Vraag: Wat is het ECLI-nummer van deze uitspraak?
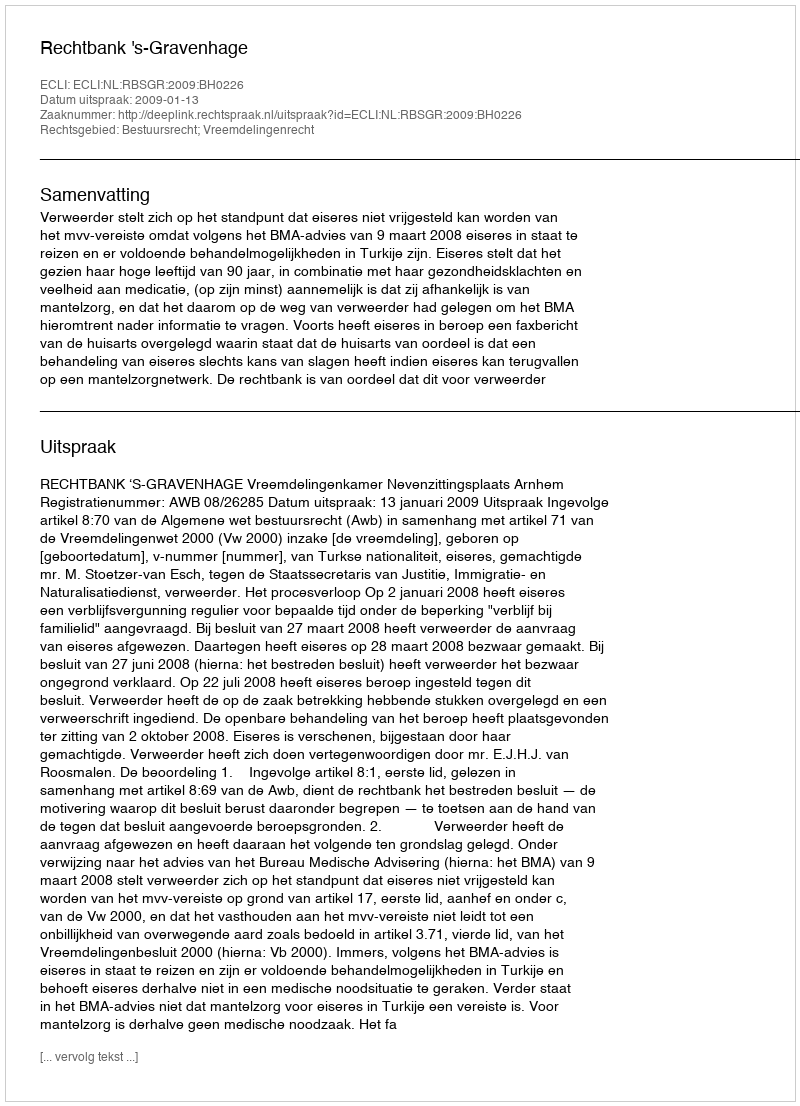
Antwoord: ECLI:NL:RBSGR:2009:BH0226